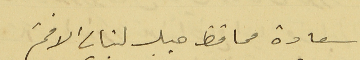
سعادة محافظ جبل لبنان الافخم